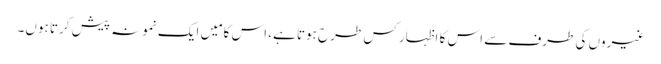
غیروں کی طرف سے اس کا اظہار کس طرح ہوتا ہے، اس کا مَیں ایک نمونہ پیش کرتا ہوں۔